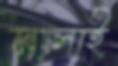
মালাই